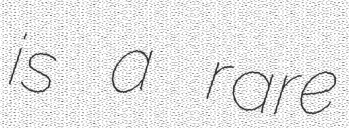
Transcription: is a rare